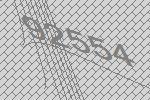
92554